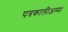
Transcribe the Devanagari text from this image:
पत्रकालीअम्मा